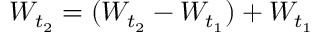
W _ { t _ { 2 } } = ( W _ { t _ { 2 } } - W _ { t _ { 1 } } ) + W _ { t _ { 1 } }